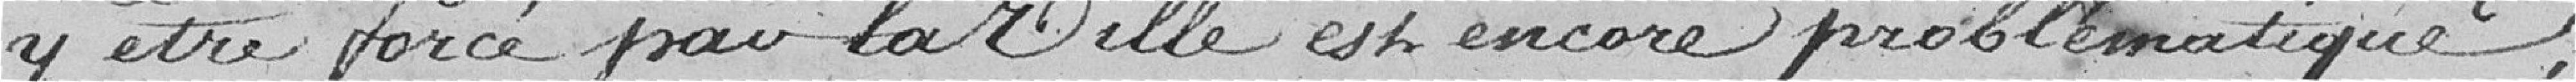
y être forcé par la ville est encore problématique,